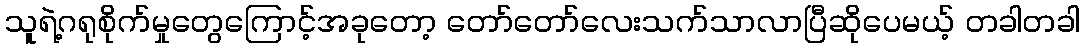
သူရဲ့ဂရုစိုက်မှုတွေကြောင့်အခုတော့ တော်တော်လေးသက်သာလာပြီဆိုပေမယ့် တခါတခါ